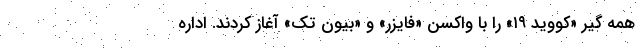
همه گیر «کووید ۱۹» را با واکسن «فایزر» و «بیون تک» آغاز کردند. اداره